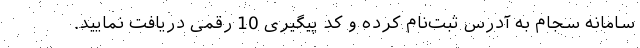
سامانه سجام به آدرس ثبت‌نام کرده‌ و کد پیگیری 10 رقمی دریافت نمایید.